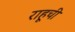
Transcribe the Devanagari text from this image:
राहूची